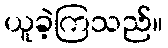
ယူခဲ့ကြသည်။